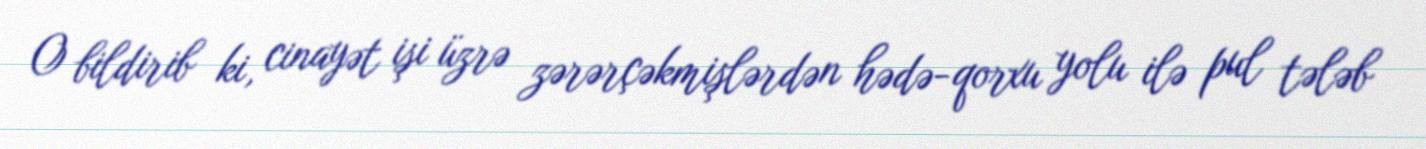
O bildirib ki, cinayət işi üzrə zərərçəkmişlərdən hədə-qorxu yolu ilə pul tələb